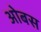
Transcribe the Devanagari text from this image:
ओबस